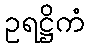
ဥရဋ္ဌိကံ